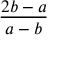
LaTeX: \frac { 2 b - a } { a - b }